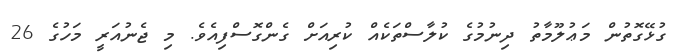
ގުޅޭގޮތުން މަޢުލޫމާތު ދިނުމުގެ ކުލާސްތަކެއް ކުރިއަށް ގެންގޮސްފިއެވެ. މި ޖެނުއަރީ މަހުގެ 26